Manual of vaccination for the United Provinces of Agra and Oudh -
Year: 1903
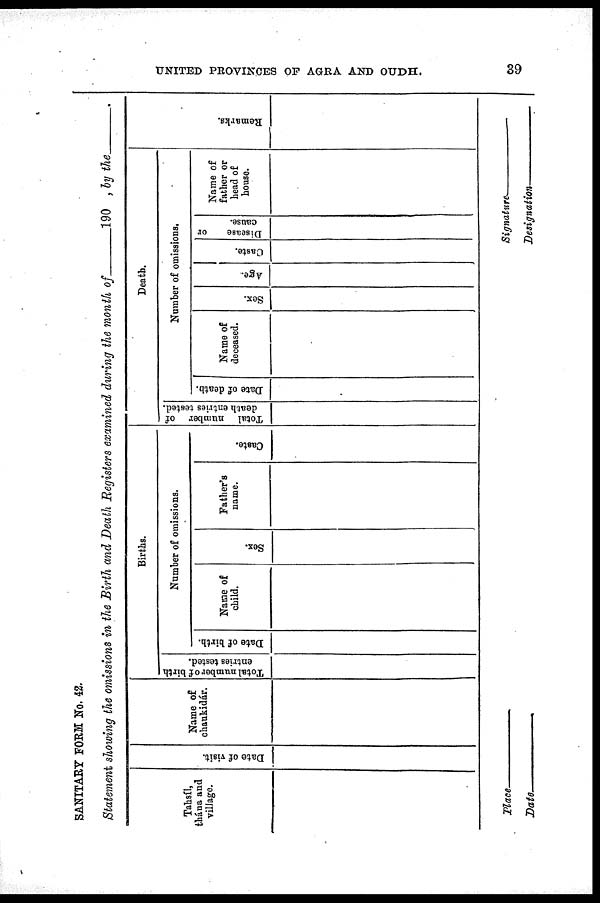
UNITED PROVINCES OF AGRA AND OUDH.
39
SANITARY FORM No. 42.
Statement showing the omissions in the Birth and Death Registers examined during the month of
190 , by the
Tahsíl,
thána and
village.
Date of visit.
Name of
chaukidár.
Births.
Total number of birth
entries tested.
Number of omissions.
Date of birth.
Name of
child.
Sex.
Father's
name.
Caste.
Death.
Total number of
death entries tested.
Number of omissions.
Date of death.
Name of
deceased.
Sex.
Age.
Caste.
Disease
or
cause.
Name of
father or
head of
house.
Remarks.
Place
Date
Signature.
Designation